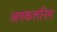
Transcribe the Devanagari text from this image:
अवकलनिय